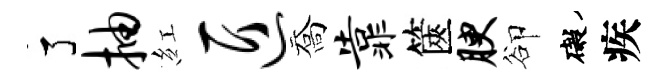
了抽紅匠喬靠篋腴卻礙疾